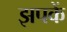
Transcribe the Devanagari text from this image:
झपकें